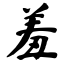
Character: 羞